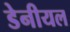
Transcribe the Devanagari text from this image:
डेनीयल